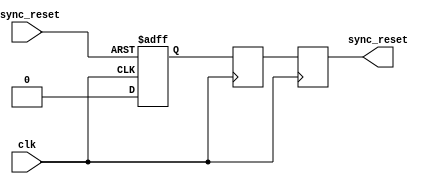
module async_reset_synchronizer (
    input wire clk,                // Clock input
    input wire async_reset,        // Asynchronous reset input
    output reg sync_reset          // Synchronized reset output
);

    // Internal signals for flip-flops
    reg ff1, ff2;

    // Asynchronous reset handling
    always @(posedge clk or posedge async_reset) begin
        if (async_reset) begin
            ff1 <= 1'b1;           // Assert reset if async_reset is high
        end else begin
            ff1 <= 1'b0;           // Deassert reset on clock edge
        end
    end

    always @(posedge clk) begin
        ff2 <= ff1;                 // Synchronize ff1 to ff2 on clock edge
    end

    // Final synchronized reset output
    always @(posedge clk) begin
        sync_reset <= ff2;          // Output the synchronized reset signal
    end

endmodule